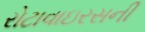
રોટાવાઇરસની